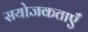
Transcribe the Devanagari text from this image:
सयोजकताएँ